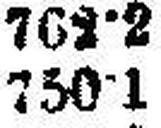
750·1